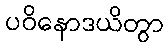
ပဝိနောဒယိတွာ